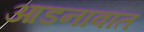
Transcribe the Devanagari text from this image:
आडनावांत